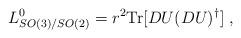
LaTeX: \begin{align*}L_{SO(3)/SO(2)}^{0}={r}^{2}\mathrm{Tr}[DU(DU)^{\dagger }]\;,\end{align*}